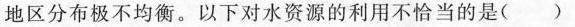
地区分布极不均衡。以下对水资源的利用不恰当的是( )